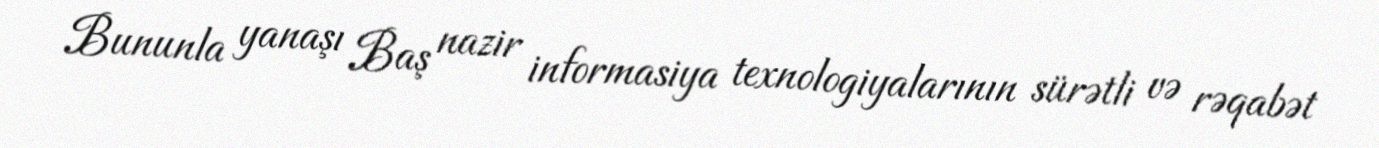
Bununla yanaşı Baş nazir informasiya texnologiyalarının sürətli və rəqabət